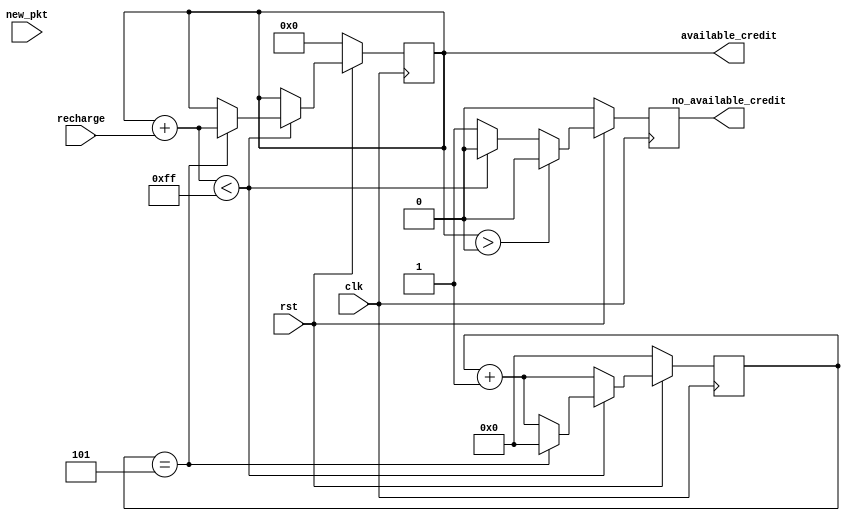
//***************************************************************************//
//***************************************************************************//
//***************************************************************************//
//**************                                          *******************//
//**************                                          *******************//
//**************      (c) SASIC Technologies Pvt Ltd      *******************//
//**************          (c) Verilogic Solutions         *******************//
//**************                                          *******************//
//**************                                          *******************//
//**************                                          *******************//
//**************           www.sasictek.com               *******************//
//**************          www.verilog-ic.com              *******************//
//**************                                          *******************//
//**************           Twitter:@sasictek              *******************//
//**************                                          *******************//
//**************                                          *******************//
//**************                                          *******************//
//***************************************************************************//
//***************************************************************************//


//              File Type: Verilog                                 

                             
//***************************************************************************//
//***************************************************************************//
                             

//              Author:
//              Reviewer:
//              Manager:
                             

//***************************************************************************//
//***************************************************************************//
//
		module qos #(parameter R_WIDTH=4,	//recharge width
								 parameter A_WIDTH=8)	//available credit
								(input clk,
								 input rst,
							 	 input new_pkt,
							 	 input [R_WIDTH-1:0]recharge,
								 output reg [A_WIDTH-1:0]available_credit,
								 output reg no_available_credit);
			reg [R_WIDTH-1:0]count;
			wire [A_WIDTH-1:0]total;
			assign total=available_credit+recharge;
			always @(posedge clk)
				begin:alw_blk
					if(!rst)
						begin:rst_0
							available_credit<='b0;
							no_available_credit<='b0;
							count<='b0;
						end	//rst_0
					else
						begin:rst_1
							if(available_credit>'d0)
								begin:avail_credit_1
									if(new_pkt)
										begin:new_pkt_1
											available_credit<=available_credit-1'b1;
									    no_available_credit<='b0;
											count<=count+'d1;
											if(total<'d255)
												begin:credit_255
													if(count=='d5)
														begin:count_5
															$display("count_5");
															available_credit<=available_credit+recharge;
															no_available_credit<='b0;
															count<='d0;
														end	//count_5
													else
														begin:else_blk
															available_credit<=available_credit;
															no_available_credit<='b0;
														end	//else_blk
												end	//credi_255
											else
												begin:credit_0
													available_credit<=available_credit;
												end	//credit_0
										end	//new_pkt_blk
									else
										begin:new_pkt_0
											available_credit<=available_credit;
									    no_available_credit<='b0;
											count<=count+'d1;
											if(total<'d255)
												begin:credit_255
													if(count=='d5)
														begin:count_5
															$display("count_5");
															available_credit<=available_credit+recharge;
															no_available_credit<='b0;
															count<='d0;
														end	//count_5
													else
														begin:else_blk
															available_credit<=available_credit;
															no_available_credit<='b0;
														end	//else_blk
												end	//credi_255
											else
												begin:credit_0
													available_credit<=available_credit;
												end	//credit_0
								$display("avaible_credit_1");
									end	//new_pkt_0
								end	//avail_credit_1
							else
								begin:avaible_credit_0
									available_credit<=available_credit;
									no_available_credit<='b1;
									count<=count+'d1;
					if(total<'d255)
						begin:credit_255
							if(count=='d5)
								begin:count_5
									$display("count_5");
									available_credit<=available_credit+recharge;
									no_available_credit<='b0;
									count<='d0;
								end	//count_5
							else
								begin:else_blk
									available_credit<=available_credit;
									no_available_credit<='b0;
								end	//else_blk
						end	//credi_255
					else
						begin:credit_0
							available_credit<=available_credit;
						end	//credit_0
									$display("avaible_credit_0");
								end	//avaible_credit_0
						end	//rst_1
					end	//alw_blk
		/*	always @(posedge clk)
				begin:alw_blk2
					if(total<'d255)
						begin:credit_255
							if(count=='d5)
								begin:count_5
									$display("count_5");
									available_credit<=available_credit+recharge;
									no_available_credit<='b0;
									count<='d0;
								end	//count_5
							else
								begin:else_blk
									available_credit<=available_credit;
									no_available_credit<='b0;
								end	//else_blk
						end	//credi_255
					else
						begin:credit_0
							available_credit<=available_credit;
						end	//credit_0
			 end	//alw_blk2*/
 endmodule